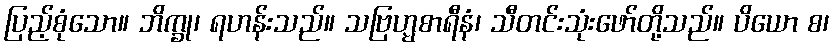
ပြည့်စုံသော။ ဘိက္ခု၊ ရဟန်းသည်။ သဗြဟ္မစာရီနံ၊ သီတင်းသုံးဖော်တို့သည်။ ပိယော စ၊